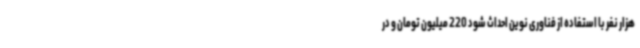
هزار نفر با استفاده از فناوری نوین احداث شود 220 میلیون تومان و در